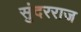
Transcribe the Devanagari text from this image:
सुंदरराज